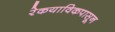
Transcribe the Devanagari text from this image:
रेकयाविकपासून